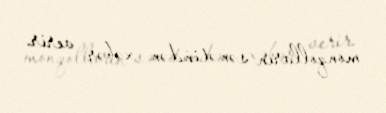
monqolların sənətindən xəbər verir.